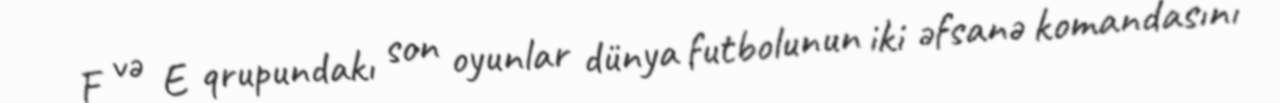
F və E qrupundakı son oyunlar dünya futbolunun iki əfsanə komandasını